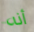
أنه